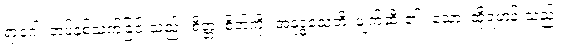
ရာဂေါ၊ တပ်နှစ်သက်ခြင်းသည်။ စိတ္တံ၊ စိတ်ကို။ အနုဒ္ဓံသေတိ၊ ဖျက်ဆီး၏။ သော၊ ထိုရဟန်းသည်။